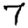
Digit: 7